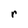
Character: r